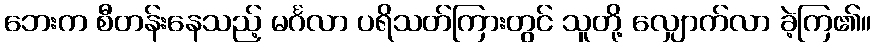
ဘေးက စီတန်းနေသည့် မင်္ဂလာ ပရိသတ်ကြားတွင် သူတို့ လျှောက်လာ ခဲ့ကြ၏။